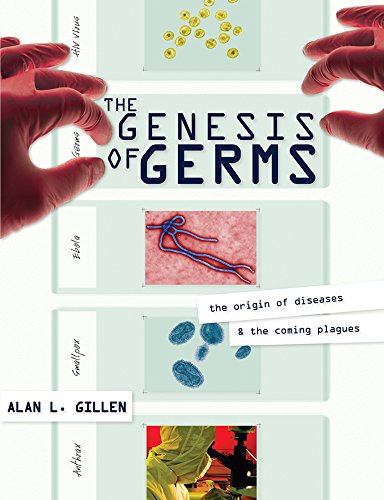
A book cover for The Genesis of Germs; Alan L. Gillen; Christian Books & Bibles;